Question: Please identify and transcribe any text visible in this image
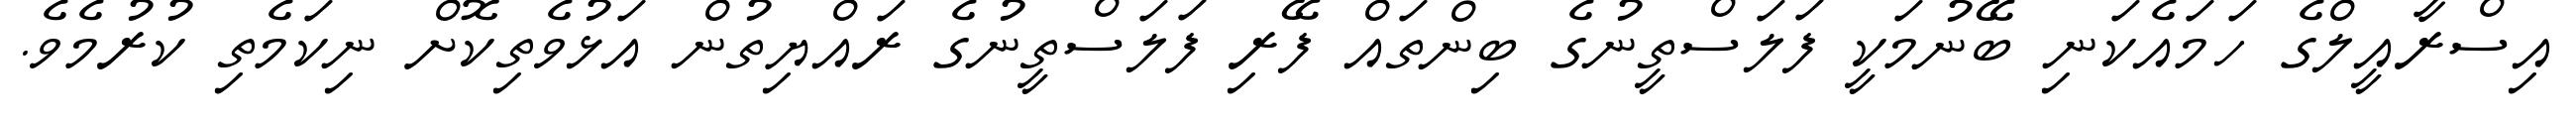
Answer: އިސްރާއީލްގެ ހަމައެކަނި ބޭނުމަކީ ފަލަސްތީނުގެ ބިންތައް ފޭރި ފަލަސްތީނުގެ ރައްޔިތުން އަޅުވެތިކޮށް ނިކަމެތި ކުރުމެވެ.